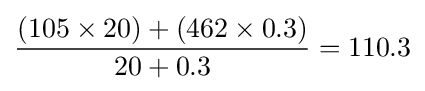
{\frac {(105\times 20)+(462\times 0.3)}{20+0.3}}=110.3